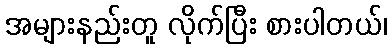
အများနည်းတူ လိုက်ပြီး စားပါတယ်၊